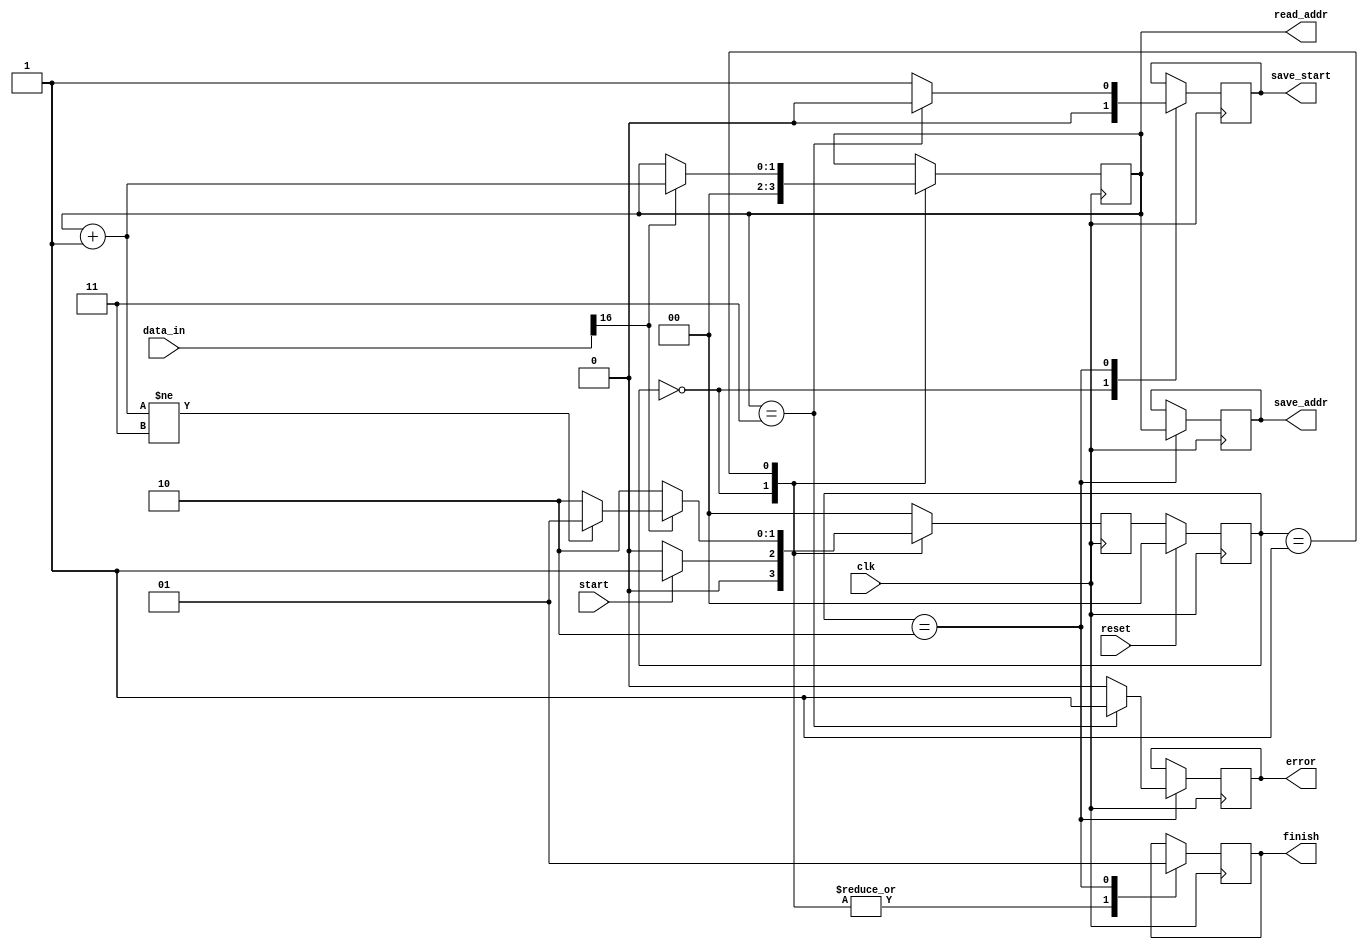
module saver (
	input clk,
	input start,
	input reset,
	input [16:0]data_in,							//input from register file

	output reg[1:0]read_addr,
	output reg[1:0]save_addr,
	output reg finish,								//finish signal no matter success or error
	output reg save_start,							//signal directed to RF to start saving
	output reg error								//signal directed to controller for error
);


	parameter START = 2'b00,
			  LOOP = 2'b01,
			  DONE = 2'b10;

	reg [1:0]current_state;
	reg [1:0]next_state;
		

	always @(posedge clk) begin
		if(reset)
			current_state <= 0;
		else
			current_state <= next_state;
	end

	always @(posedge clk) begin
		case (current_state)
		START: begin
		       save_start = 0;
		       finish = 0;
			   read_addr = 0;								//initialize read_addr to 0
			   next_state = start ? LOOP : START;			//when start = 1, move to next state
			   end

		LOOP: begin
		      finish = 0;
			  if (data_in[16]) begin
			  	read_addr = read_addr + 1;					//if reg0 not available, check reg1
			  	next_state = read_addr != 3 ? LOOP : DONE;	//if rege not available, error
			  end
			  else
			  	next_state = DONE;							//if reg0 available, save	
			  end

		DONE: begin
			  next_state = START;
			  finish = 1;
			  save_addr = read_addr;

			  if (read_addr == 3) begin
			  	error = 1;
			  	save_start = 0;
			  end

			  else begin
			  	error = 0;									//if don't write error = 0, latch waste
			  	save_start = 1;
			  end
			  end

		default: next_state = START;
		endcase
	end


endmodule